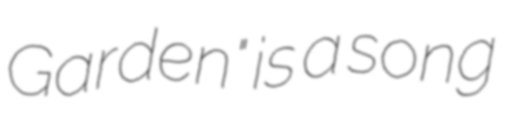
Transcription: Garden" is a song